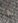
لم